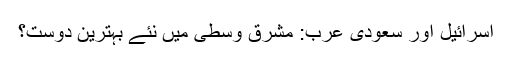
اسرائیل اور سعودی عرب: مشرق وسطٰی میں نئے بہترین دوست؟